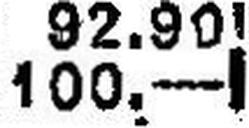
100.—